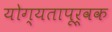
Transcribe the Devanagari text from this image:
योग्‍यतापूर्वक